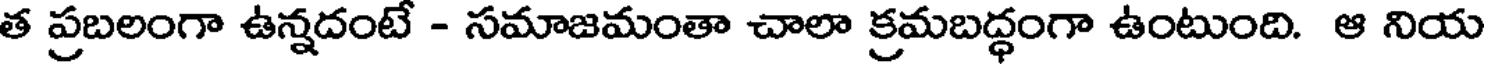
త ప్రబలంగా ఉన్నదంటే - సమాజమంతా చాలా క్రమబద్ధంగా ఉంటుంది. ఆ నియ